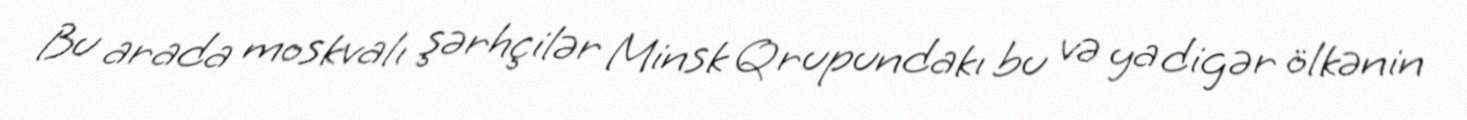
Bu arada moskvalı şərhçilər Minsk Qrupundakı bu və ya digər ölkənin